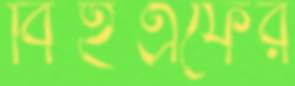
বিইএফের